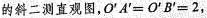
的斜二测直观图，O^{'}A^{'}=O^{'}B^{'}=2，